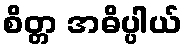
စိတ္တ အဓိပ္ပါယ်